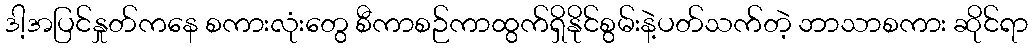
ဒါ့အပြင်နှုတ်ကနေ စကားလုံးတွေ စီကာစဉ်ကာထွက်ရှိနိုင်စွမ်းနဲ့ပတ်သက်တဲ့ ဘာသာစကား ဆိုင်ရာ